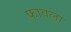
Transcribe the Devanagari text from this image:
फावला